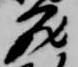
蔵